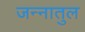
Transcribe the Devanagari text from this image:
जन्नातुल